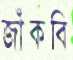
জাঁকবি